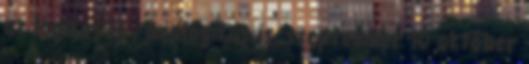
az logikus is , analogikus is. szeptember 10 október